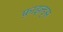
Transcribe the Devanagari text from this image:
फ़ाइल्ड्स